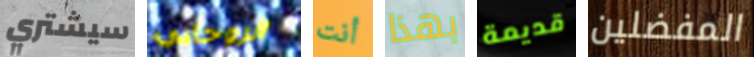
سيشتري الروحاني أنت بهذا قديمة المفضلين